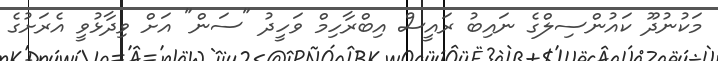
މަކުނުދޫ ކައުންސިލްގެ ނައިބު ރައީސް އިބްރާހިމް ވަހީދު "ސަން" އަށް ވިދާޅުވީ އެރަށުގެ